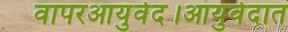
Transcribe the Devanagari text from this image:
वापरआयुर्वेद।आयुर्वेदात